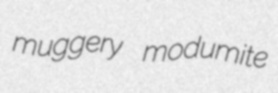
muggery modumite